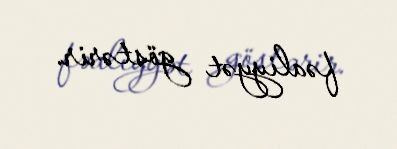
fəaliyyət göstərir.